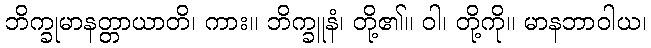
ဘိက္ခုမာနတ္တာယာတိ၊ ကား။ ဘိက္ခူနံ၊ တို့၏။ ဝါ၊ တို့ကို။ မာနဘာဝါယ၊